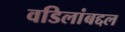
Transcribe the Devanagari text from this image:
वडिलांबद्दल